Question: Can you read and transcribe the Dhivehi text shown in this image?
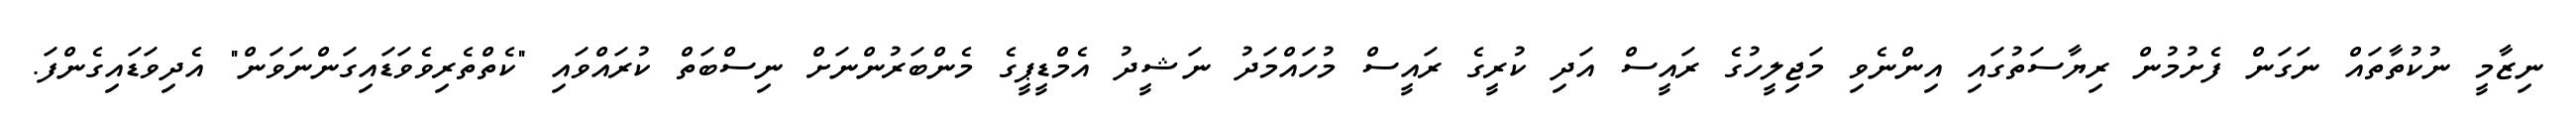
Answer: ނިޒާމީ ނުކުތާތައް ނަގަން ފެށުމުން ރިޔާސަތުގައި އިންނެވި މަޖިލީހުގެ ރައީސް އަދި ކުރީގެ ރައީސް މުހައްމަދު ނަޝީދު އެމްޑީޕީގެ މެންބަރުންނަށް ނިސްބަތް ކުރައްވައި "ކެތްތެރިވެވަޑައިގަންނަވަން" އެދިވަޑައިގެންފަ.